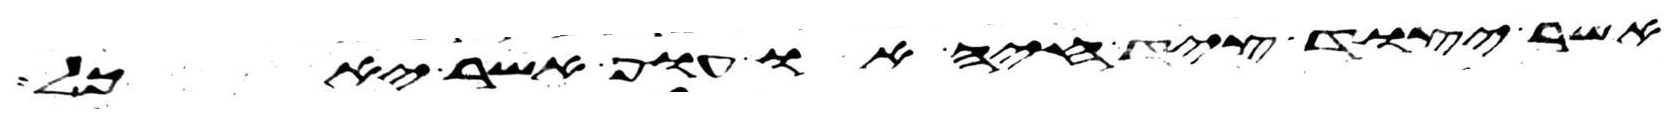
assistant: אשר יצוד ציד חיה או עוף אשר יאכל